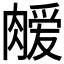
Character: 𫆫